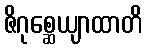
ဇိဂုစ္ဆေယျာထာတိ